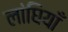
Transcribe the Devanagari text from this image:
लांघियाँ